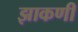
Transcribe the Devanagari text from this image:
झाकणी